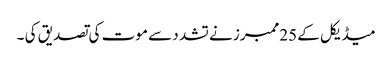
میڈیکل کے 25ممبرز نے تشد د سے موت کی تصدیق کی ۔